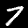
Digit: 7